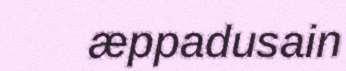
æppadusain